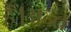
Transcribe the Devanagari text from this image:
हैँ।अन्त